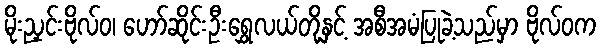
မိုးညှင်းဗိုလ်ဝ၊ ဟော်ဆိုင်းဦးရွှေလယ်တို့နှင့် အစီအမံပြုခဲ့သည်မှာ ဗိုလ်ဝက